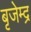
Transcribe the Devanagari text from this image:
बृजेम्द्र